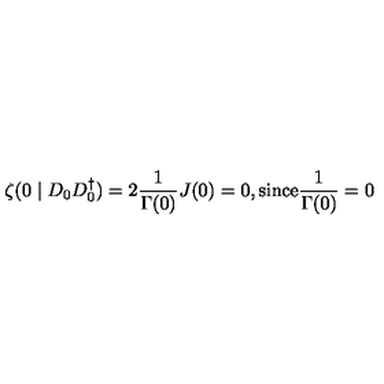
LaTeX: \zeta ( 0 \mid D _ { 0 } D _ { 0 } ^ { \dagger } ) = 2 \frac { 1 } { \Gamma ( 0 ) } J ( 0 ) = 0 , \mathrm { s i n c e } \frac { 1 } { \Gamma ( 0 ) } = 0